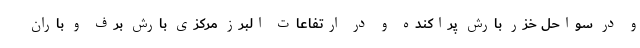
و در سواحل خزر بارش پراکنده و در ارتفاعات البرز مرکزی بارش برف و باران